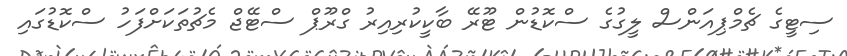
ސިޓީގެ ޗެމްޕިއަންސް ލީގުގެ ސްކޮޑުން ޓޫރޭ ބާކީކުރިއިރު ގްރޫޕް ސްޓޭޖް މެޗުތަކަށްފަހު ސްކޮޑުގައި